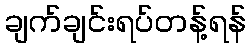
ချက်ချင်းရပ်တန့်ရန်